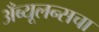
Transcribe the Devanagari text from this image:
अँब्यूलन्सचा